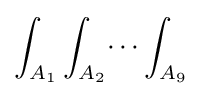
\int _{A_{1}}\int _{A_{2}}\dotsi \int _{A_{9}}